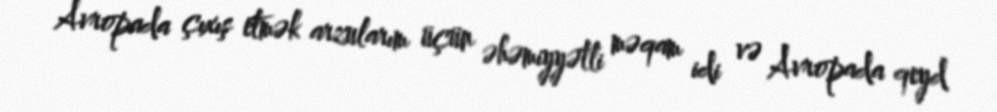
Avropada çıxış etmək arzularım üçün əhəmiyyətli məqam idi və Avropada qeyd